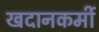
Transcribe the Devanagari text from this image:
खदानकर्मी